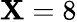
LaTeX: \mathbf{X}=8